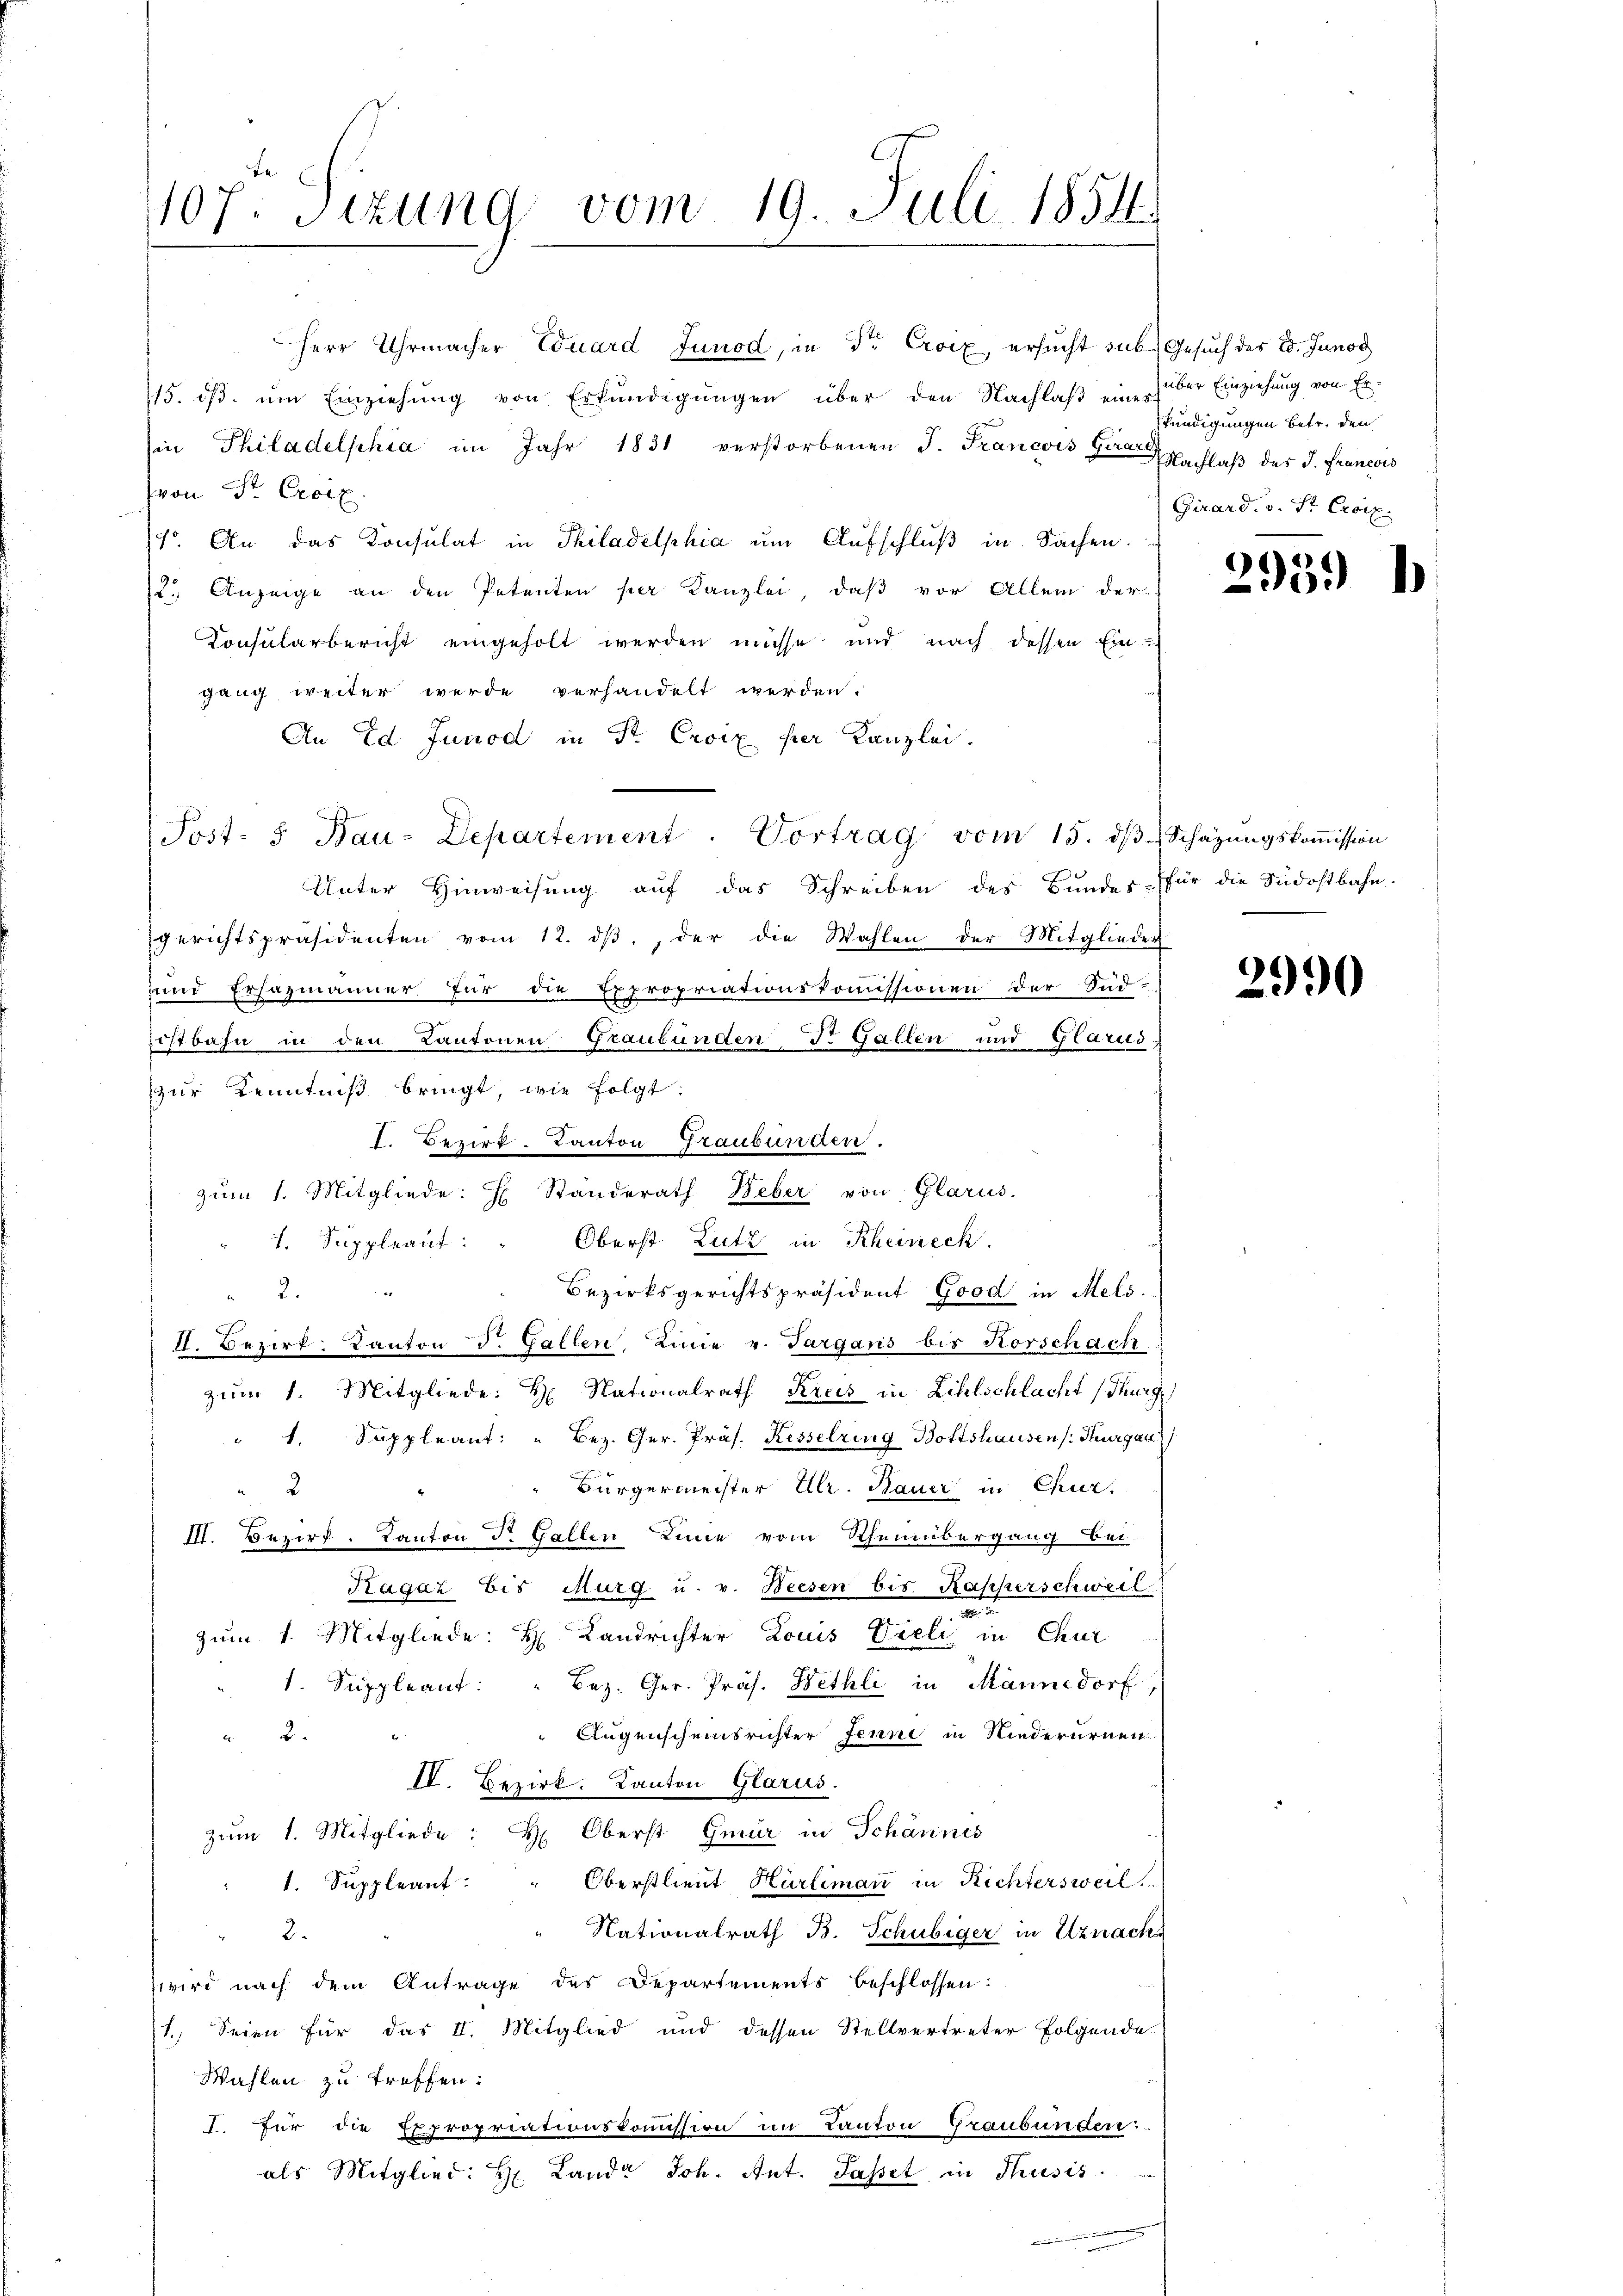
1107: Sizung vom 19. Juli 1854.

Herr Uhrmacher Eduard Junod, in Dr. Croix, ersucht sub. Gesuch des 2. Junod
115. ds. um Einziehung von Erkundigungen über den Nachlaß eine der Einziehung von Er¬
Ein Philadelphia im Jahr 1831 verstorbenen J. Francois Hanachlaß des J. Francois
(von Sr. Croix
(1. An das Konsulat in Philadelphia um Aufschluß in Sachen.
2.) Anzeige an den Petenten per Kanzlei, daß vor Allem der
Consularbericht eingeholt werden müsse und nach dessen Ein
gang weiter werde verhandelt werden.
An Ed Junod in Sr. Croix per Kanzlei.
Post- u. Bau-Departement. Vortrag vom 15. dβ. Schazungskoṁission
Unter Hinweisŭng aŭf das Schreiben des Bŭndes-Pfür die Südostbahn.
gerichtspräsidenten vom 12. dβ, der die Wahlen der Mitglieder
uund Ersazmänner für die Expropriationskommissionen der Süd-
istbahn in den Kantonen Graubündend. Gallen und Glarus,
zur Kenntniß bringt, wie folgt:
I. Bezirk. Kanton Graubünden.
zŭm 1. Mitgliede: H Standerath Weber von Glarus.
1. Suppleant: " Oberst Lutz in Rheineck.
Bezirksgerichtspräsident Good in Mels.
2.
I. Bezirk. Kanton d. Gallen, Linie v. Targans bis Horschach
zum 1. Mitgliede: H. Nationalrath Kreis in Zihlschlacht (Thurg
" 1. Suppleant: " Bez. Ger. Präs. Kesselring Bottshausen /: Thurgau
Bürgermeister Ulr. Bauer in Chier.
2
III. Bezirk. Kanton Dr. Gallen Linie vom Rheinübergang bei.
Ragaz bis Murg u. v. Weesen bis. Kapperschweil
.
zum 1. Mitgliede: H. Landrichter Louis Vieli in Chur
. Suppleant: " Bez. Ger. Präs. Wethli in Männedorf,
 Augenscheinsrichter Jenne in Niederurnen

IV. Bezirk. Kanton Glarus.
zum 1. Mitgliede: H: Oberst Gmür in Schännis
1. Suppleant: " Oberstlieut Hürliman in Richtersweil
Nationalrath B. Schubiger in Uznachs
2.
wird nach dem Antrage des Departements beschlossen:
(1. Seien für das II. Mitglied und dessen Stellvertreter folgende
Wahlen zu treffen:
I. für die Expropriationskommission im Kanton Graubünden:
als Mitglied: H. Lande Joh. Ant. Passet in Thusis.

kündigungen betr. den
Girard. v. Sr Excil.

2939 l

2990